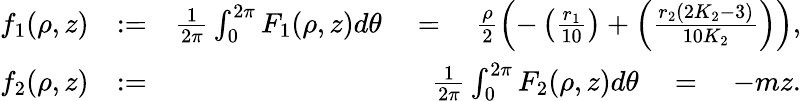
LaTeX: \begin{array}{rlr}{f_{1}(\rho,z)}&{:=}&{\frac{1}{2\pi}\int_{0}^{2\pi}F_{1}(\rho,z)d\theta\quad=\quad\frac{\rho}{2}\left(-\left(\frac{r_{1}}{10}\right)+\left(\frac{r_{2}(2K_{2}-3)}{10K_{2}}\right)\right),}\\ {f_{2}(\rho,z)}&{:=}&{\frac{1}{2\pi}\int_{0}^{2\pi}F_{2}(\rho,z)d\theta\quad=\quad-mz.}\end{array}